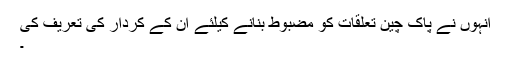
انہوں نے پاک چین تعلقات کو مضبوط بنانے کیلئے ان کے کردار کی تعریف کی
۔